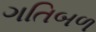
ગતિબળ